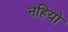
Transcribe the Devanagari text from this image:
नहियो